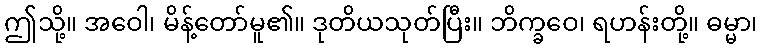
ဤသို့။ အဝေါ၊ မိန့်တော်မူ၏။ ဒုတိယသုတ်ပြီး။ ဘိက္ခဝေ၊ ရဟန်းတို့။ ဓမ္မာ၊